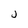
Character: J